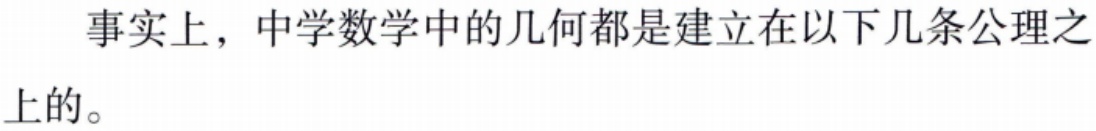
事实上，中学数学中的几何都是建立在以下几条公理之上的。